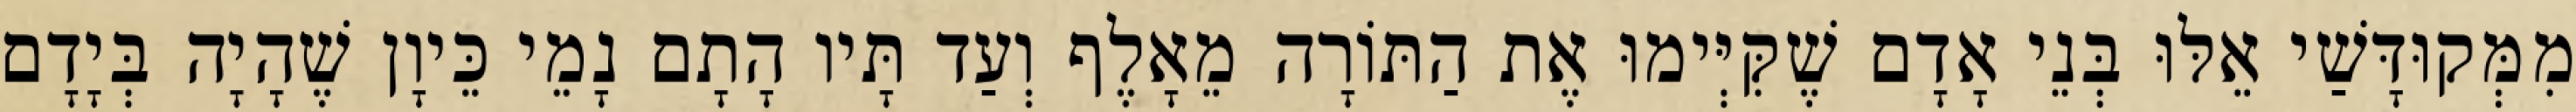
מִמְּקוּדָּשַׁי אֵלּוּ בְּנֵי אָדָם שֶׁקִּיְּימוּ אֶת הַתּוֹרָה מֵאָלֶף וְעַד תָּיו הָתָם נָמֵי כֵּיוָן שֶׁהָיָה בְּיָדָם